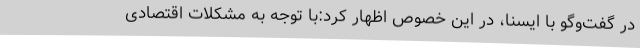
در گفت‌وگو با ایسنا، در این خصوص اظهار کرد:با توجه به مشکلات اقتصادی